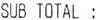
SUB TOTAL :